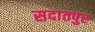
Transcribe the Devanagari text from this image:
सदातपुर